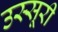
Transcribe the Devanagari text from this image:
उस्सूरी